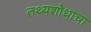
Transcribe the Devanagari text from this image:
तथ्यशोधाचा